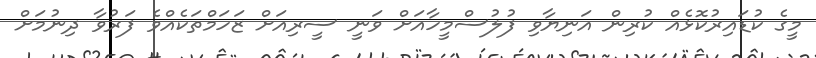
މީގެ ކުޑައިރުކޮޅެއް ކުރިން އަނިޔާވި ފުލުސްމީހާއަށް ވަނީ ސީރިއަށް ޒަހަމްތަކެއްވެ ފަރުވާ ދިނުމަށް